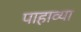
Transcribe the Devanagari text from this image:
पाहाव्या